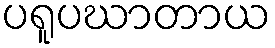
ပရူပဃာတာယ